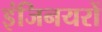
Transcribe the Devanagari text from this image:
इंजिनयरों